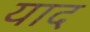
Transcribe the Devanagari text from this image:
याद